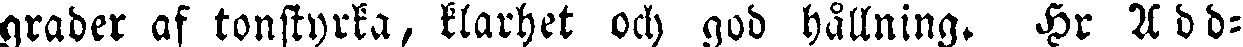
grader af tonstyrka, klarhet och god hållning. Hr Add-